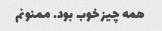
همه چیز خوب بود. ممنونم